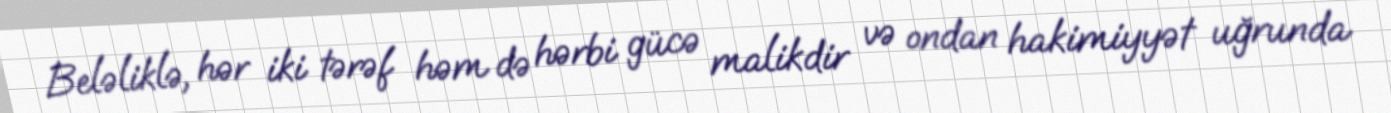
Beləliklə, hər iki tərəf həm də hərbi gücə malikdir və ondan hakimiyyət uğrunda